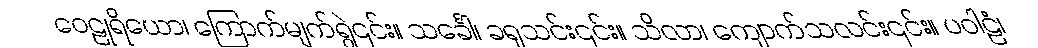
ဝေဠုရိယော၊ ကြောက်မျက်ရွဲ၎င်း။ သင်္ခေါ၊ ခရုသင်း၎င်း။ သိလာ၊ ကျောက်သလင်း၎င်း။ ပဝါဠံ၊